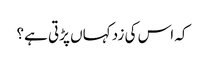
کہ اس کی زد کہاں پڑتی ہے؟